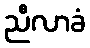
ညီလာခံ